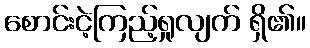
စောင်းငဲ့ကြည့်ရှုလျက် ရှိ၏။